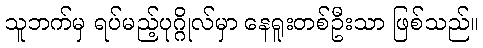
သူဘက်မှ ရပ်မည့်ပုဂ္ဂိုလ်မှာ နေရူးတစ်ဦးသာ ဖြစ်သည်။